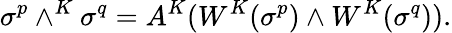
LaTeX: \sigma^{p}\wedge^{K}\sigma^{q}=A^{K}(W^{K}(\sigma^{p})\wedge W^{K}(\sigma^{q})).